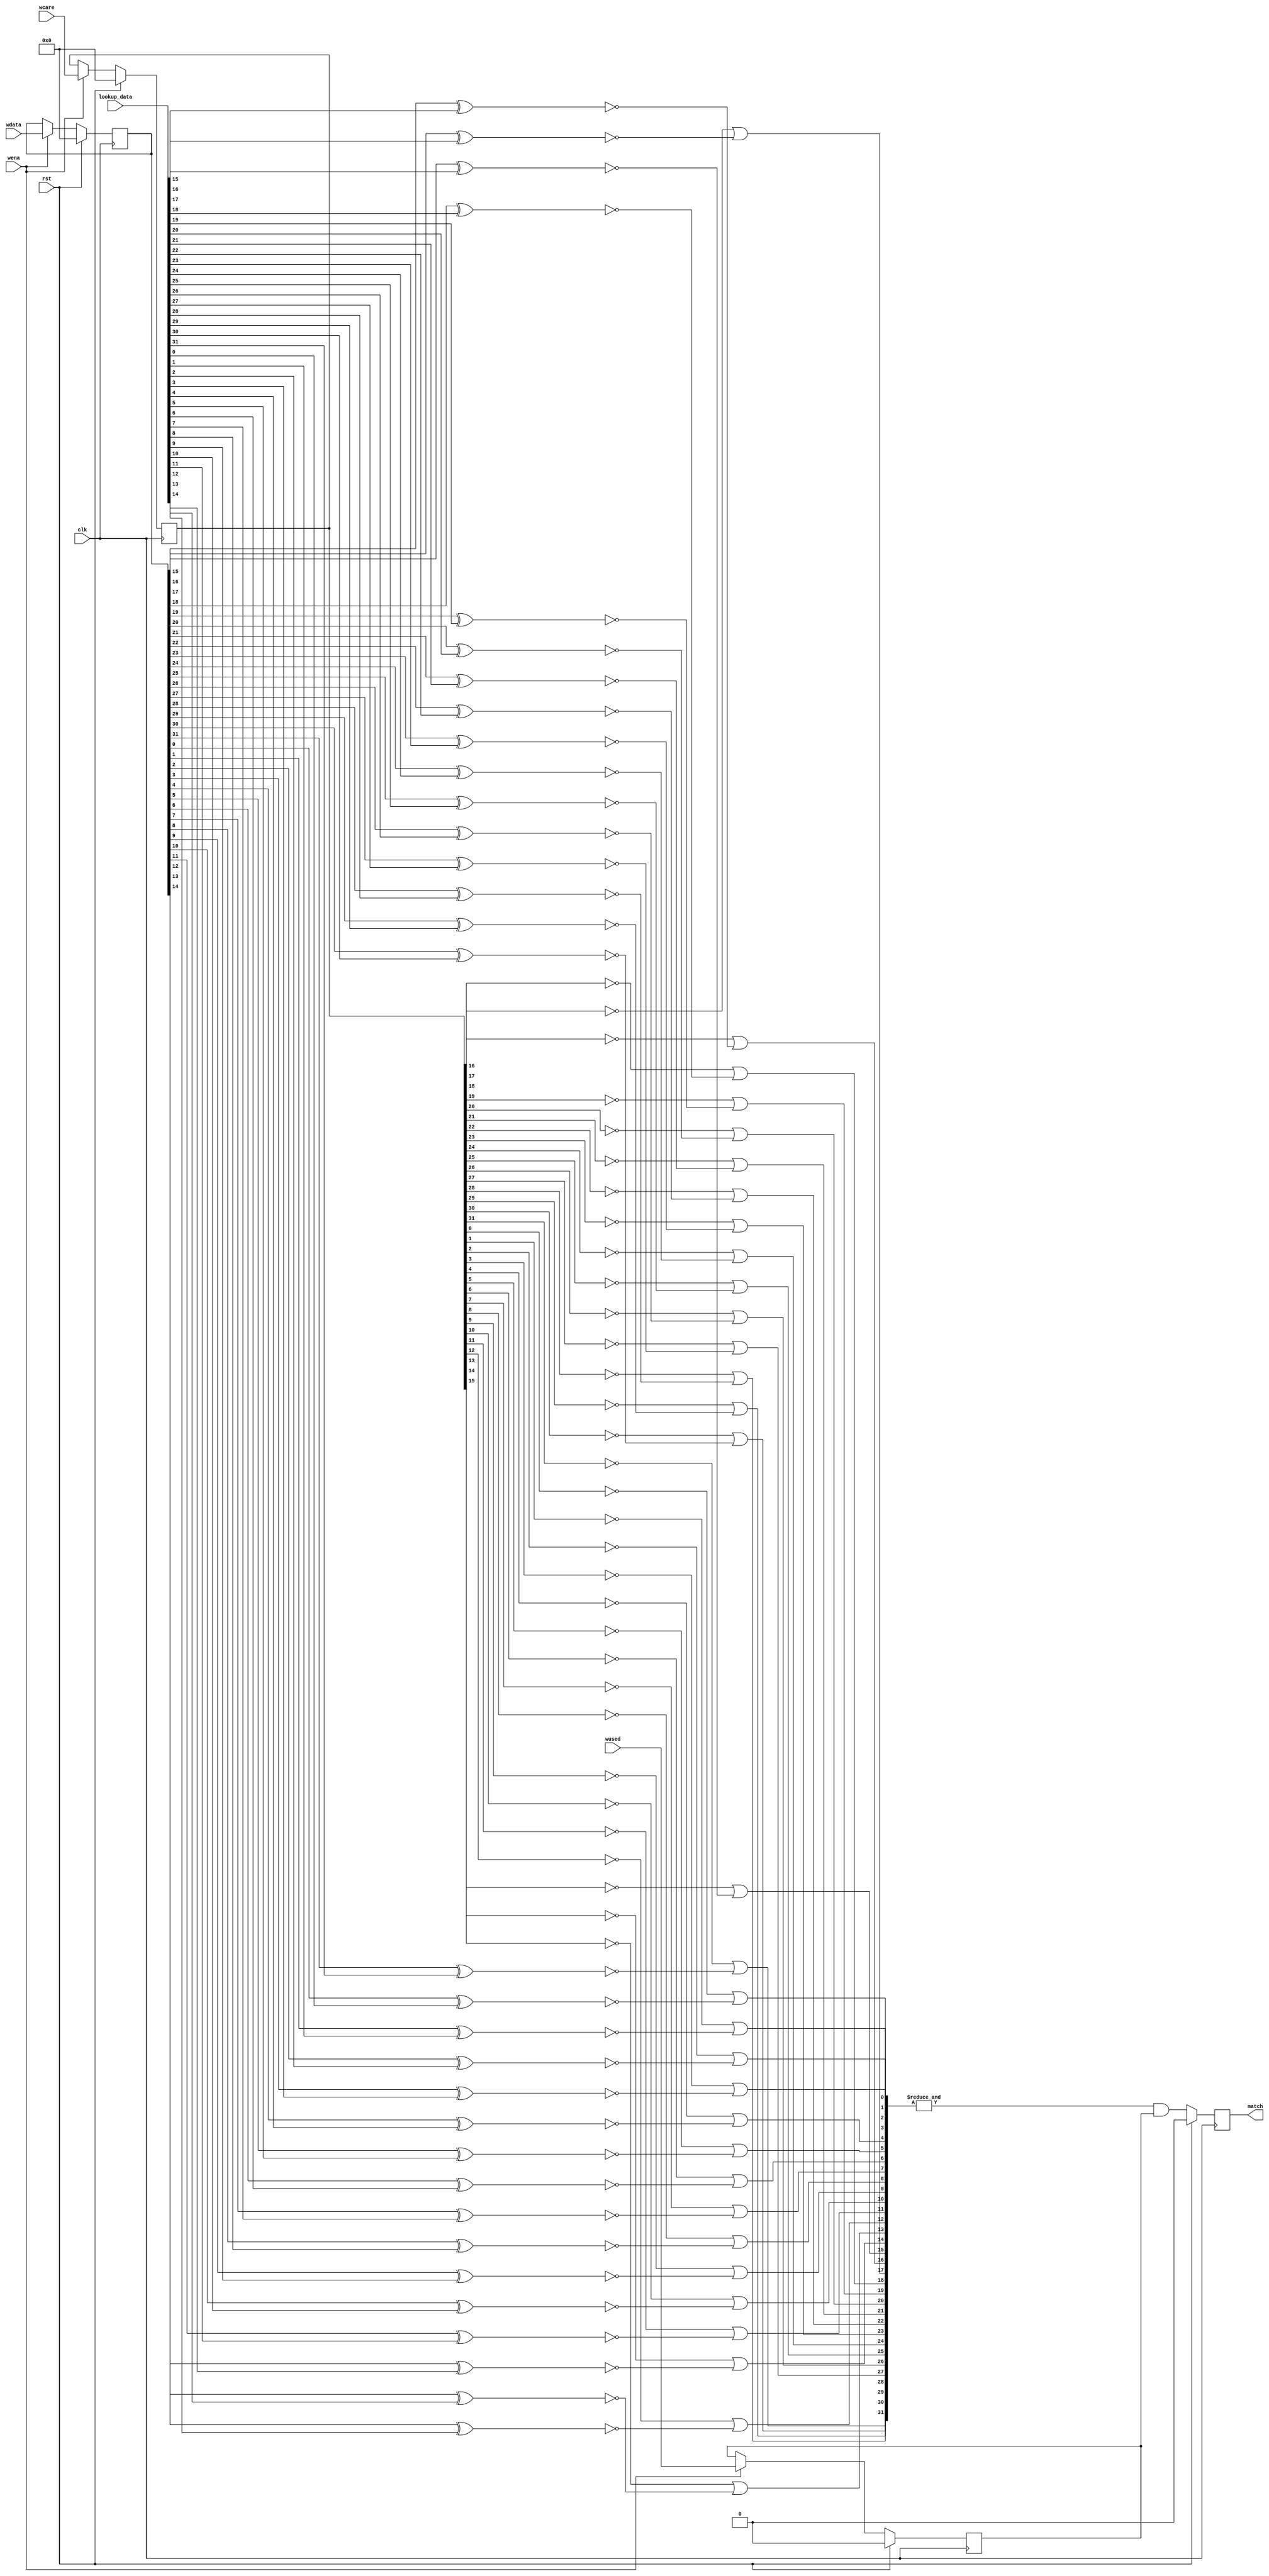
module reg_cam_cell (
	clk,rst,
	wdata,wcare,wused,wena,
	lookup_data,match
);

parameter DATA_WIDTH = 32;

input clk,rst;
input [DATA_WIDTH-1:0] wdata, wcare;
input wused,wena;

input [DATA_WIDTH-1:0] lookup_data;
output match;
reg match;

reg cell_used;

// Storage cells
reg [DATA_WIDTH - 1 : 0] data;
reg [DATA_WIDTH - 1 : 0] care;
always @(posedge clk) begin
  if (rst) begin
	cell_used <= 1'b0;
	data <= {DATA_WIDTH{1'b0}};
	care <= {DATA_WIDTH{1'b0}};
  end else begin
	if (wena) begin
	   cell_used <= wused;
	   data <= wdata;
       care <= wcare;
	end
  end
end

// Ternary match
wire [DATA_WIDTH-1:0] bit_match;
genvar i;
generate 
  for (i=0; i<DATA_WIDTH; i=i+1)
  begin : bmt
    assign bit_match[i] = !care[i] | !(data[i] ^ lookup_data[i]);
  end
endgenerate

reg [4:0] encode_out;

integer j,k;
always @(negedge clk) begin
    j = 0;
    for (k=0; k < DATA_WIDTH; k=k+1)
        if (bit_match[k] == 1'b1)
            j = k;
    encode_out  = j;
    //enable_out  = |{bit_match};
end

always @(posedge clk) begin
  if (rst) match <= 1'b0;
  else match <= (& bit_match) & cell_used;
end

endmodule